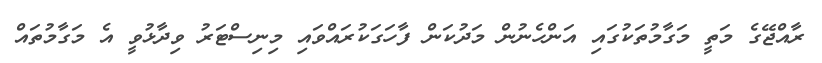
ރާއްޖޭގެ މަތީީ މަގާމުތަކުގައި އަންހެނުން މަދުކަން ފާހަގަކުރައްވައި މިނިސްޓަރު ވިދާޅުވީ އެ މަގާމުތައް